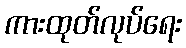
ကားထုတ်လုပ်ရေး